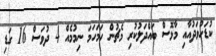
ކުޑަހުވަދުއާއި މާޅޮސް ބައްދަލުކުރި މެޗުން ހަމަހަމަ ނިމުމެއް 4 ދުވަސް 16 ގަޑި